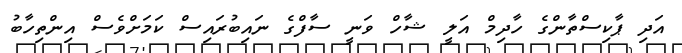
އަދި ޕާކިސްތާންގެ ހާދިމް އަލީ ޝާހް ވަނީ ސާފްގެ ނައިބުރައިސް ކަމަށްވެސް އިންތިހާބު